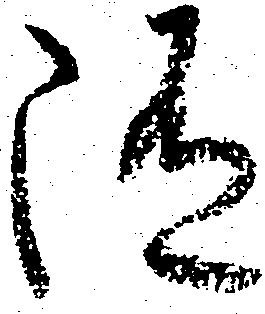
随